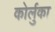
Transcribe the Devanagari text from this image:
कोर्लुका